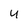
Character: 4